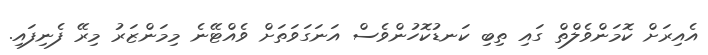
އެއިރަށް ކޮމަންވެލްތް ގައި ތިބި ކަނޑުކޮހުންވެސް އަނަގަވަތަށް ވެއްޓޭނެ މިމަންޒަރު މިރޭ ފެނިފައި.